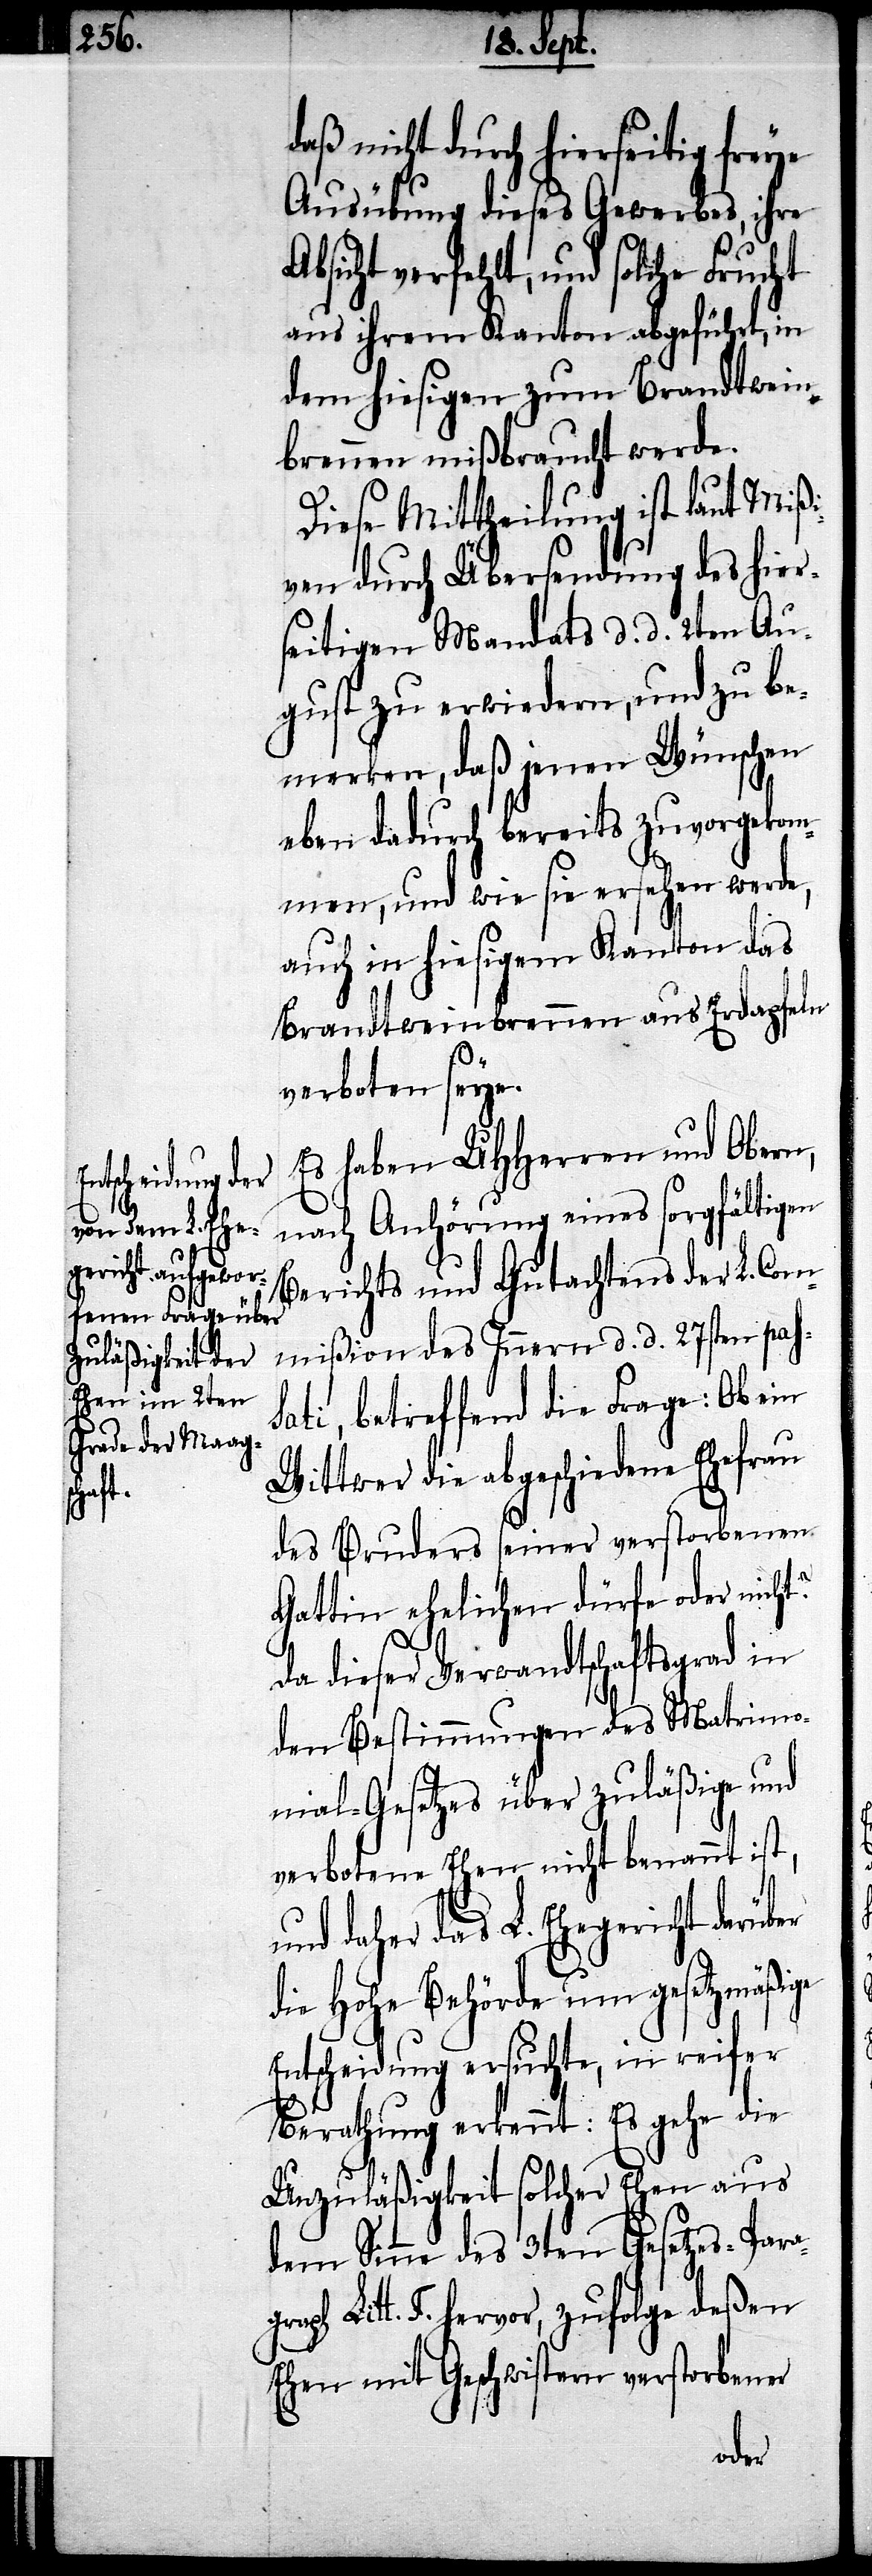
graph

daß nicht durch hierseitig freye
Ausübung dieses Gewerbes, ihre
verfehlt, und solche Frucht
aus ihrem Kanton abgeführt, in
dem hiesigen zum Brandtwein¬
brennen mißbraucht werde.
Diese Mittheilung ist laut Mißi¬
ven durch Überfremdung des hier¬
seitigen Mandats d. d. 2ten Au¬
gust zu erwiedern, und zu be¬
merken, daß jenen Wünschen
eben dadurch bereits zuvorgekom¬
men, und wie sie ersehen werde,
auch in hiesigem Kanton das
Brandtweinbrennen aus Erdäpfeln
verboten seye.
Es haben UHHerren und Obern,
nach Anhörung eines sorgfältigen
Berichts und Gutachtens der L. Com¬
mißion des Innern d. d. 27sten pass¬
ati, betreffend die Frage: Ob ein
Wittwer die abgeschiedene Ehefrau
des Bruders seiner verstorbenen
Gattin ehelichen dürfe oder nicht?
Da dieser Verwandtschaftsgrad in
den Bestimmungen des Matrimo¬
nial-Gesetzes über zuläßige und
verbotene Ehen nicht benannt ist,
und daher das L. Ehegericht darüber
die hohe Behörde um gesetzmäßige
Entscheidung ersuchte, in reifer
Berathung erkennt: Es gehe die
Unzuläßigkeit solcher Ehen aus
dem Sinne des 3ten Gesetzes-Para¬
Litt. F. hervor, zufolge deßen
Ehen mit Geschwistern verstorbener